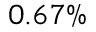
0 . 6 7 \%